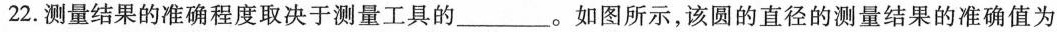
22.测量结果的准确程度取决于测量工具的___。如图所示，该圆的直径的测量结果的准确值为